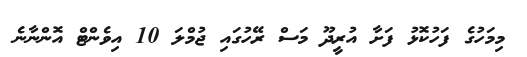
މިމަހުގެ ފަހުކޮޅު ފަށާ އުރީދޫ މަސް ރޭހުގައި ޖުމްލަ 10 އިވެންޓް އޮންނާނެ